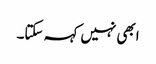
ابھی نہیں کہہ سکتا۔